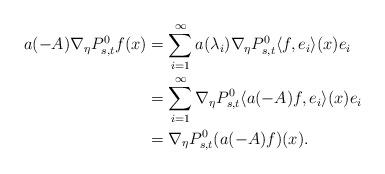
LaTeX: \begin{align*} a(-A)\nabla_{\eta}P_{s,t}^0f(x)&=\sum_{i=1}^\infty a(\lambda_i)\nabla_{\eta}P_{s,t}^0\langle f,e_i\rangle(x)e_i\\&=\sum_{i=1}^\infty\nabla_{\eta}P_{s,t}^0\langle a(-A)f,e_i\rangle(x)e_i\\&=\nabla_{\eta}P_{s,t}^0(a(-A)f)(x).\end{align*}